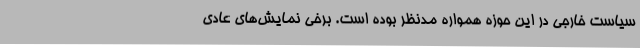
سیاست خارجی در این حوزه همواره مدنظر بوده است. برخی نمایش‌های عادی